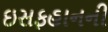
ઇસફહાનની